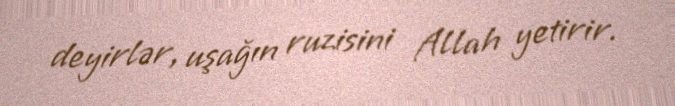
deyirlər, uşağın ruzisini Allah yetirir.